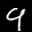
Label: 9